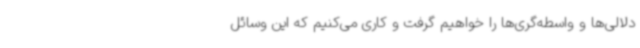
دلالی‌ها و واسطه‌گری‌ها را خواهیم گرفت و کاری می‌کنیم که این وسائل